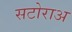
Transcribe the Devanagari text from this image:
सटोराअ